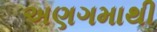
અણગમાથી